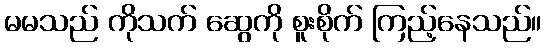
မမသည် ကိုသက် ဆွေကို စူးစိုက် ကြည့်နေသည်။